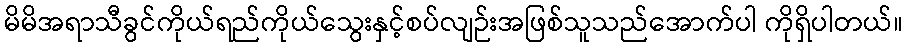
မိမိအရာသီခွင်ကိုယ်ရည်ကိုယ်သွေးနှင့်စပ်လျဉ်းအဖြစ်သူသည်အောက်ပါ ကိုရှိပါတယ်။